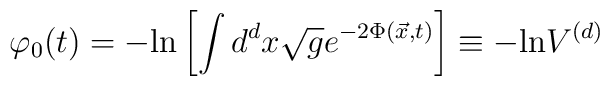
\varphi_0 (t) = -{\rm ln}\left[\int d^d x \sqrt{g}e^{-2\Phi ({\vec x},t)} \right]\equiv -{\rm ln}V^{(d)}